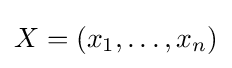
X=(x_{1},\ldots ,x_{n})